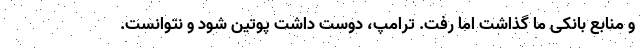
و منابع بانکی ما گذاشت اما رفت. ترامپ، دوست داشت پوتین شود و نتوانست.